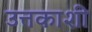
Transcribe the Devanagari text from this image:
उत्तकाशी